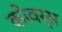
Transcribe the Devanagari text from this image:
कोवर्स